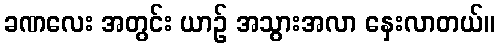
ခဏလေး အတွင်း ယာဉ် အသွားအလာ နှေးလာတယ်။